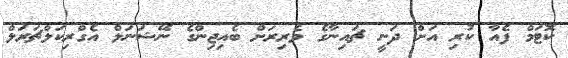
ކޮޓަމް ފެއާ ކުރި އަށް ދަނީ ޗައިނާގެ ވެރިރަށް ބެއިޖިންގެ ނޭޝަނަލް އެގްރިކަލްޗަރަލް